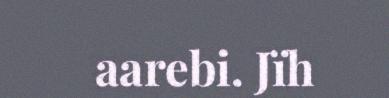
aarebi. Jïh